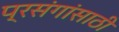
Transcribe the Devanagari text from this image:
प्रसंगांसाठी